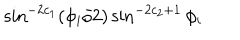
\sin ^ { - 2 c _ { 1 } } ( \phi _ { i } / 2 ) \sin ^ { - 2 c _ { 2 } + 1 } \phi _ { i }